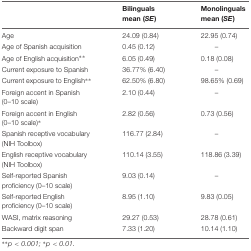
<table><thead><tr><td></td><td><b>Bilinguals mean (<i>SE</i>)</b></td><td><b>Monolinguals mean (<i>SE</i>)</b></td></tr></thead><tbody><tr><td>Age</td><td>24.09 (0.84)</td><td>22.95 (0.74)</td></tr><tr><td>Age of Spanish acquisition</td><td>0.45 (0.12)</td><td>–</td></tr><tr><td>Age of English acquisition<sup>∗∗</sup></td><td>6.05 (0.49)</td><td>0.18 (0.08)</td></tr><tr><td>Current exposure to Spanish</td><td>36.77% (6.40)</td><td>–</td></tr><tr><td>Current exposure to English<sup>∗∗</sup></td><td>62.50% (6.80)</td><td>98.65% (0.69)</td></tr><tr><td>Foreign accent in Spanish (0–10 scale)</td><td>2.10 (0.44)</td><td>–</td></tr><tr><td>Foreign accent in English (0–10 scale)<sup>∗</sup></td><td>2.82 (0.56)</td><td>0.73 (0.56)</td></tr><tr><td>Spanish receptive vocabulary (NIH Toolbox)</td><td>116.77 (2.84)</td><td>–</td></tr><tr><td>English receptive vocabulary (NIH Toolbox)</td><td>110.14 (3.55)</td><td>118.86 (3.39)</td></tr><tr><td>Self-reported Spanish proficiency (0–10 scale)</td><td>9.03 (0.14)</td><td>–</td></tr><tr><td>Self-reported English proficiency (0–10 scale)</td><td>8.95 (1.10)</td><td>9.83 (0.05)</td></tr><tr><td>WASI, matrix reasoning</td><td>29.27 (0.53)</td><td>28.78 (0.61)</td></tr><tr><td>Backward digit span</td><td>7.33 (1.20)</td><td>10.14 (1.10)</td></tr></tbody></table>